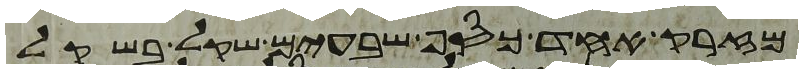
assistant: מזרק אחד כסף שבעים שקל בשקל